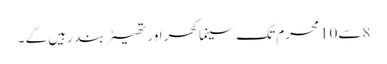
8سے10محرم تک سینما گھر اور تھیٹر بند رہیں گے ۔